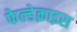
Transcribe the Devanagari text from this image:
फेल्डेक्राइस